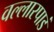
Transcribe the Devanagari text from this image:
वल्लारपाडं